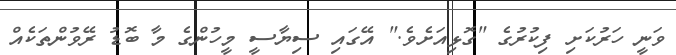
ވަނީ ހަރުކަށި ފިކުރުގެ "ގޮޅިއަށެވެ." އޭގައި ސިޔާސީ މީހުންގެ މާ ބޮޑު ރޭވުންތަކެއް